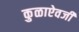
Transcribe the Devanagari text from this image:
कुळाऐवजी